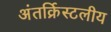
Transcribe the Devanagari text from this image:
अंतर्क्रिस्टलीय